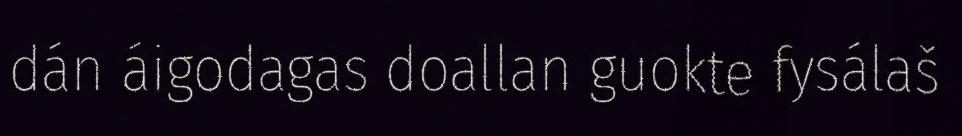
dán áigodagas doallan guokte fysálaš